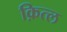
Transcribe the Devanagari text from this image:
क़ित्ल